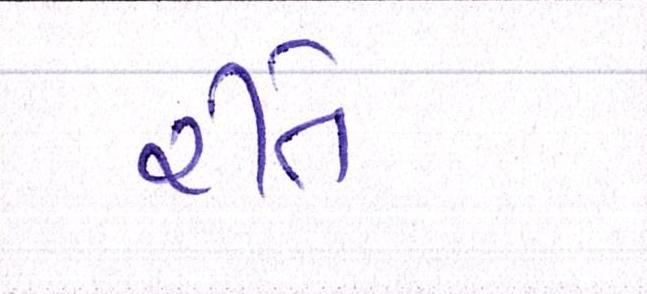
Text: રીતે